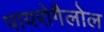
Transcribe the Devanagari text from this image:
पायरोगैलोल